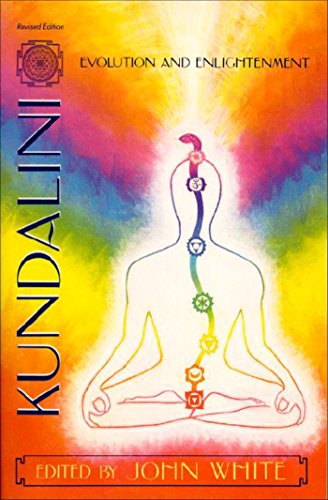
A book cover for Kundalini, Evolution and Enlightenment (Omega Book); Religion & Spirituality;